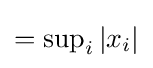
=\sup \nolimits _{i}\left|x_{i}\right|